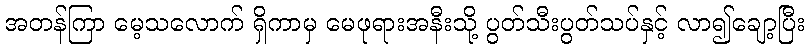
အတန်ကြာ မေ့သလောက် ရှိကာမှ မေဖုရားအနီးသို့ ပွတ်သီးပွတ်သပ်နှင့် လာ၍ချော့ပြီး